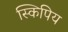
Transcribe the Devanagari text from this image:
स्किपिय